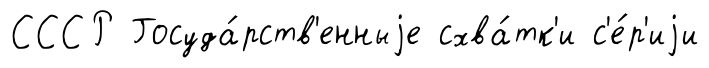
СССР Госуда́рств'енныjе схва́тк'и с'е́р'иjи